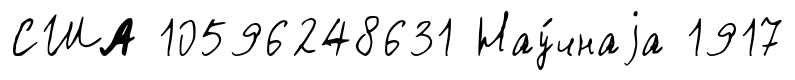
США 10596248631 Нау́чнаjа 1917